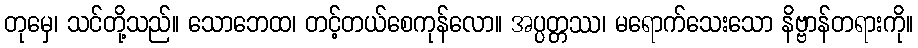
တုမှေ၊ သင်တို့သည်။ သောဘေထ၊ တင့်တယ်စေကုန်လော။ အပ္ပတ္တဿ၊ မရောက်သေးသော နိဗ္ဗာန်တရားကို။